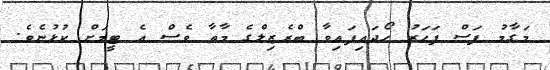
މަގާމު ފަސް ފަހަރު ހޯދައިފައިވާ ބްރެޒިލްގެ މާތާ ވެސް އެ ޓީމަށް ކުޅުނެވެ.